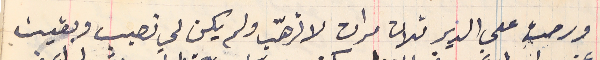
ورحت على الدير تلات مرات لاترهّب ولم يكن لي نصيب وبقيت